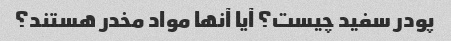
پودر سفید چیست؟ آیا آنها مواد مخدر هستند؟